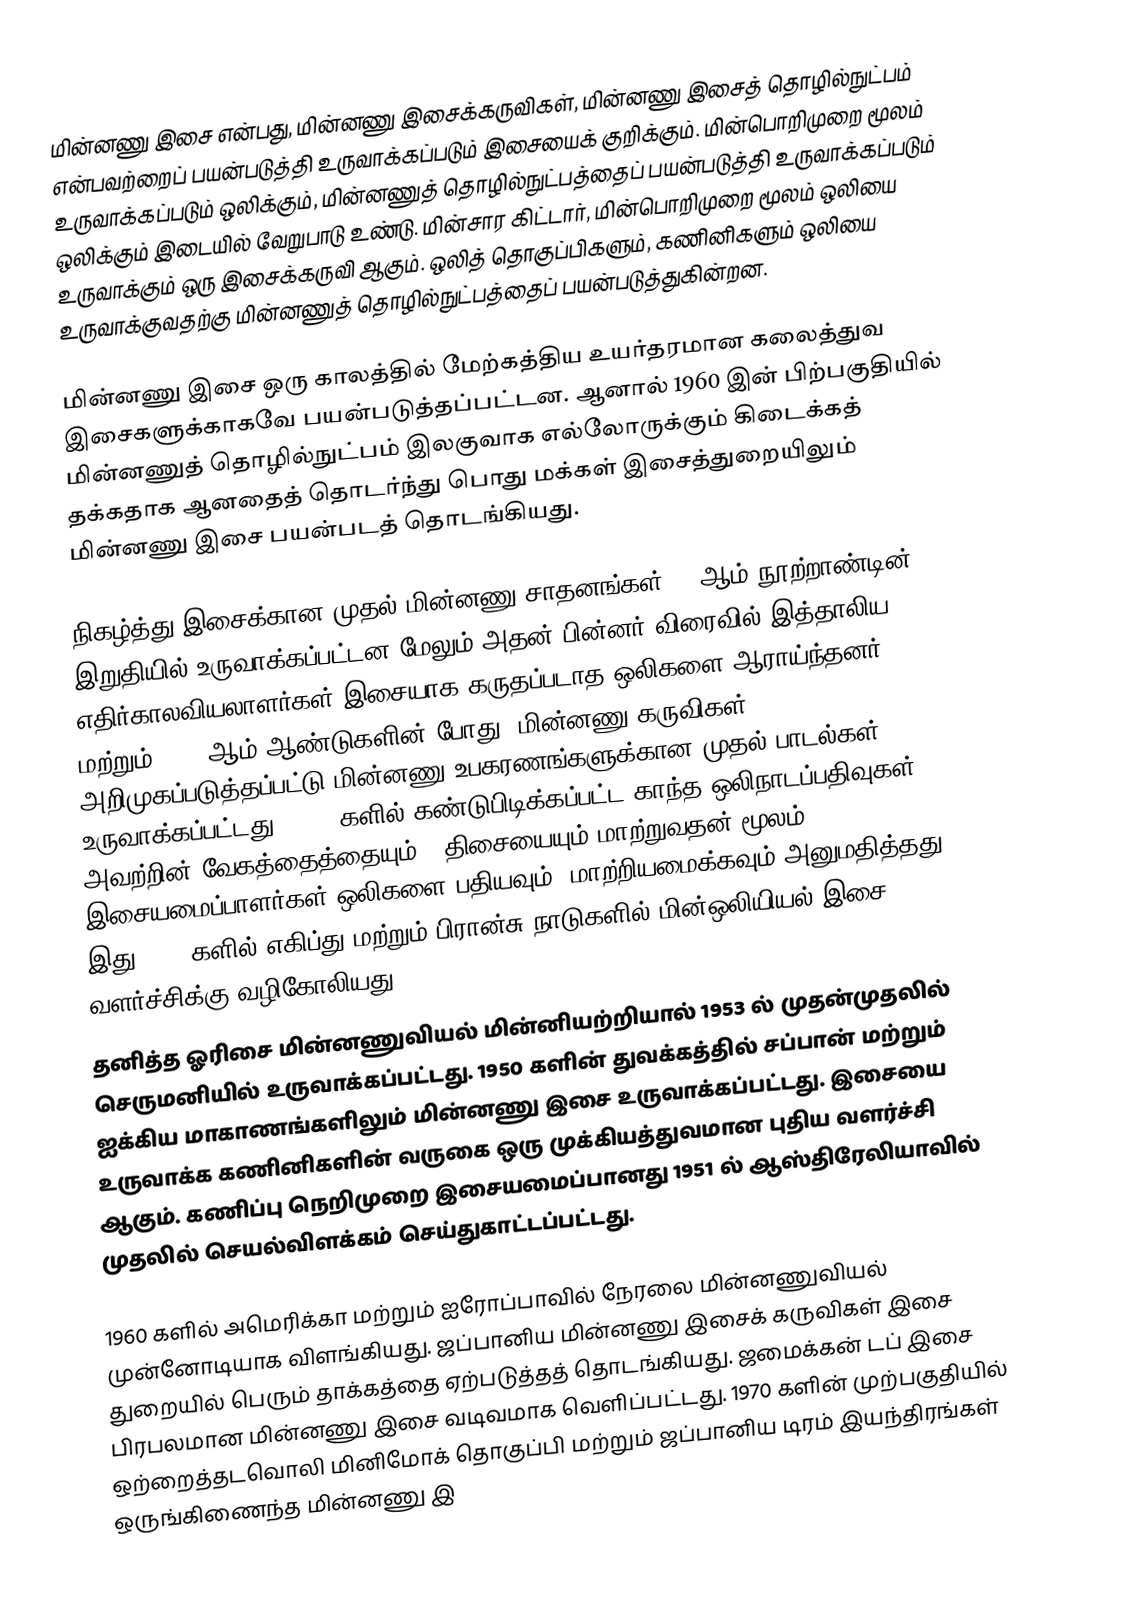
மின்னணு இசை என்பது, மின்னணு இசைக்கருவிகள், மின்னணு இசைத் தொழில்நுட்பம் என்பவற்றைப் பயன்படுத்தி உருவாக்கப்படும் இசையைக் குறிக்கும். மின்பொறிமுறை மூலம் உருவாக்கப்படும் ஒலிக்கும், மின்னணுத் தொழில்நுட்பத்தைப் பயன்படுத்தி உருவாக்கப்படும் ஒலிக்கும் இடையில் வேறுபாடு உண்டு. மின்சார கிட்டார், மின்பொறிமுறை மூலம் ஒலியை உருவாக்கும் ஒரு இசைக்கருவி ஆகும். ஒலித் தொகுப்பிகளும், கணினிகளும் ஒலியை உருவாக்குவதற்கு மின்னணுத் தொழில்நுட்பத்தைப் பயன்படுத்துகின்றன.

மின்னணு இசை ஒரு காலத்தில் மேற்கத்திய உயர்தரமான கலைத்துவ இசைகளுக்காகவே பயன்படுத்தப்பட்டன. ஆனால் 1960 இன் பிற்பகுதியில் மின்னணுத் தொழில்நுட்பம் இலகுவாக எல்லோருக்கும் கிடைக்கத் தக்கதாக ஆனதைத் தொடர்ந்து பொது மக்கள் இசைத்துறையிலும் மின்னணு இசை பயன்படத் தொடங்கியது.

நிகழ்த்து இசைக்கான முதல் மின்னணு சாதனங்கள் 19 ஆம் நூற்றாண்டின் இறுதியில் உருவாக்கப்பட்டன மேலும் அதன் பின்னர் விரைவில் இத்தாலிய எதிர்காலவியலாளர்கள் இசையாக கருதப்படாத ஒலிகளை ஆராய்ந்தனர். 1920  மற்றும் 1930 ஆம் ஆண்டுகளின் போது, மின்னணு கருவிகள் அறிமுகப்படுத்தப்பட்டு மின்னணு உபகரணங்களுக்கான முதல் பாடல்கள் உருவாக்கப்பட்டது. 1940 களில் கண்டுபிடிக்கப்பட்ட காந்த ஒலிநாடப்பதிவுகள், அவற்றின் வேகத்தைத்தையும் , திசையையும் மாற்றுவதன் மூலம் இசையமைப்பாளர்கள் ஒலிகளை பதியவும்,  மாற்றியமைக்கவும் அனுமதித்தது. இது 1940 களில் எகிப்து மற்றும் பிரான்சு நாடுகளில் மின்ஒலியியல் இசை வளர்ச்சிக்கு வழிகோலியது.
தனித்த ஓரிசை மின்னணுவியல் மின்னியற்றியால் 1953 ல் முதன்முதலில் செருமனியில் உருவாக்கப்பட்டது. 1950 களின் துவக்கத்தில் சப்பான் மற்றும் ஐக்கிய மாகாணங்களிலும் மின்னணு இசை உருவாக்கப்பட்டது. இசையை உருவாக்க கணினிகளின் வருகை ஒரு முக்கியத்துவமான புதிய வளர்ச்சி ஆகும். கணிப்பு நெறிமுறை இசையமைப்பானது 1951 ல் ஆஸ்திரேலியாவில் முதலில் செயல்விளக்கம் செய்துகாட்டப்பட்டது.

1960 களில் அமெரிக்கா மற்றும் ஐரோப்பாவில் நேரலை மின்னணுவியல் முன்னோடியாக விளங்கியது. ஜப்பானிய மின்னணு இசைக் கருவிகள் இசை துறையில் பெரும் தாக்கத்தை ஏற்படுத்தத் தொடங்கியது. ஜமைக்கன் டப் இசை பிரபலமான மின்னணு இசை வடிவமாக வெளிப்பட்டது. 1970 களின் முற்பகுதியில் ஒற்றைத்தடவொலி மினிமோக் தொகுப்பி மற்றும் ஜப்பானிய டிரம் இயந்திரங்கள் ஒருங்கிணைந்த மின்னணு இ